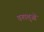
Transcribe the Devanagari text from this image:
वनपशुओं